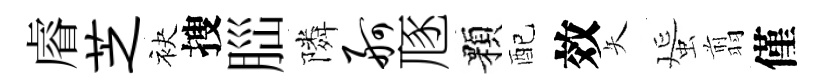
𥈠芝袂搜𦛁隣舸豗顆配效矢蜑翦僅